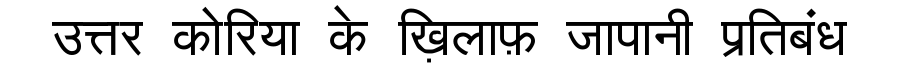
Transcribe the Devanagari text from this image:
उत्तर कोरिया के ख़िलाफ़ जापानी प्रतिबंध